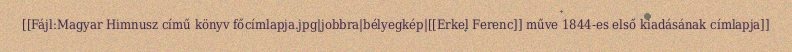
[[Fájl:Magyar Himnusz című könyv főcímlapja.jpg|jobbra|bélyegkép|[[Erkel Ferenc]] műve 1844-es első kiadásának címlapja]]